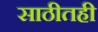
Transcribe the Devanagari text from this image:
साठीतही